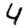
Digit: 4